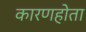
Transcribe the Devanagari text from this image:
कारणहोता